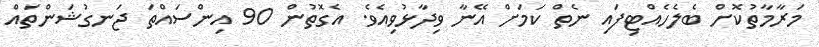
މަރާމާތުކޮށް ބެލެހެއްޓިފައި ނެތް ކަމަށް އޭނާ ވިދާޅުވިއެވެ. އެގޮތުން 90 އިންސައްތަ ޖަނގުޝަންތައް